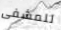
للمشفى